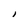
Character: I